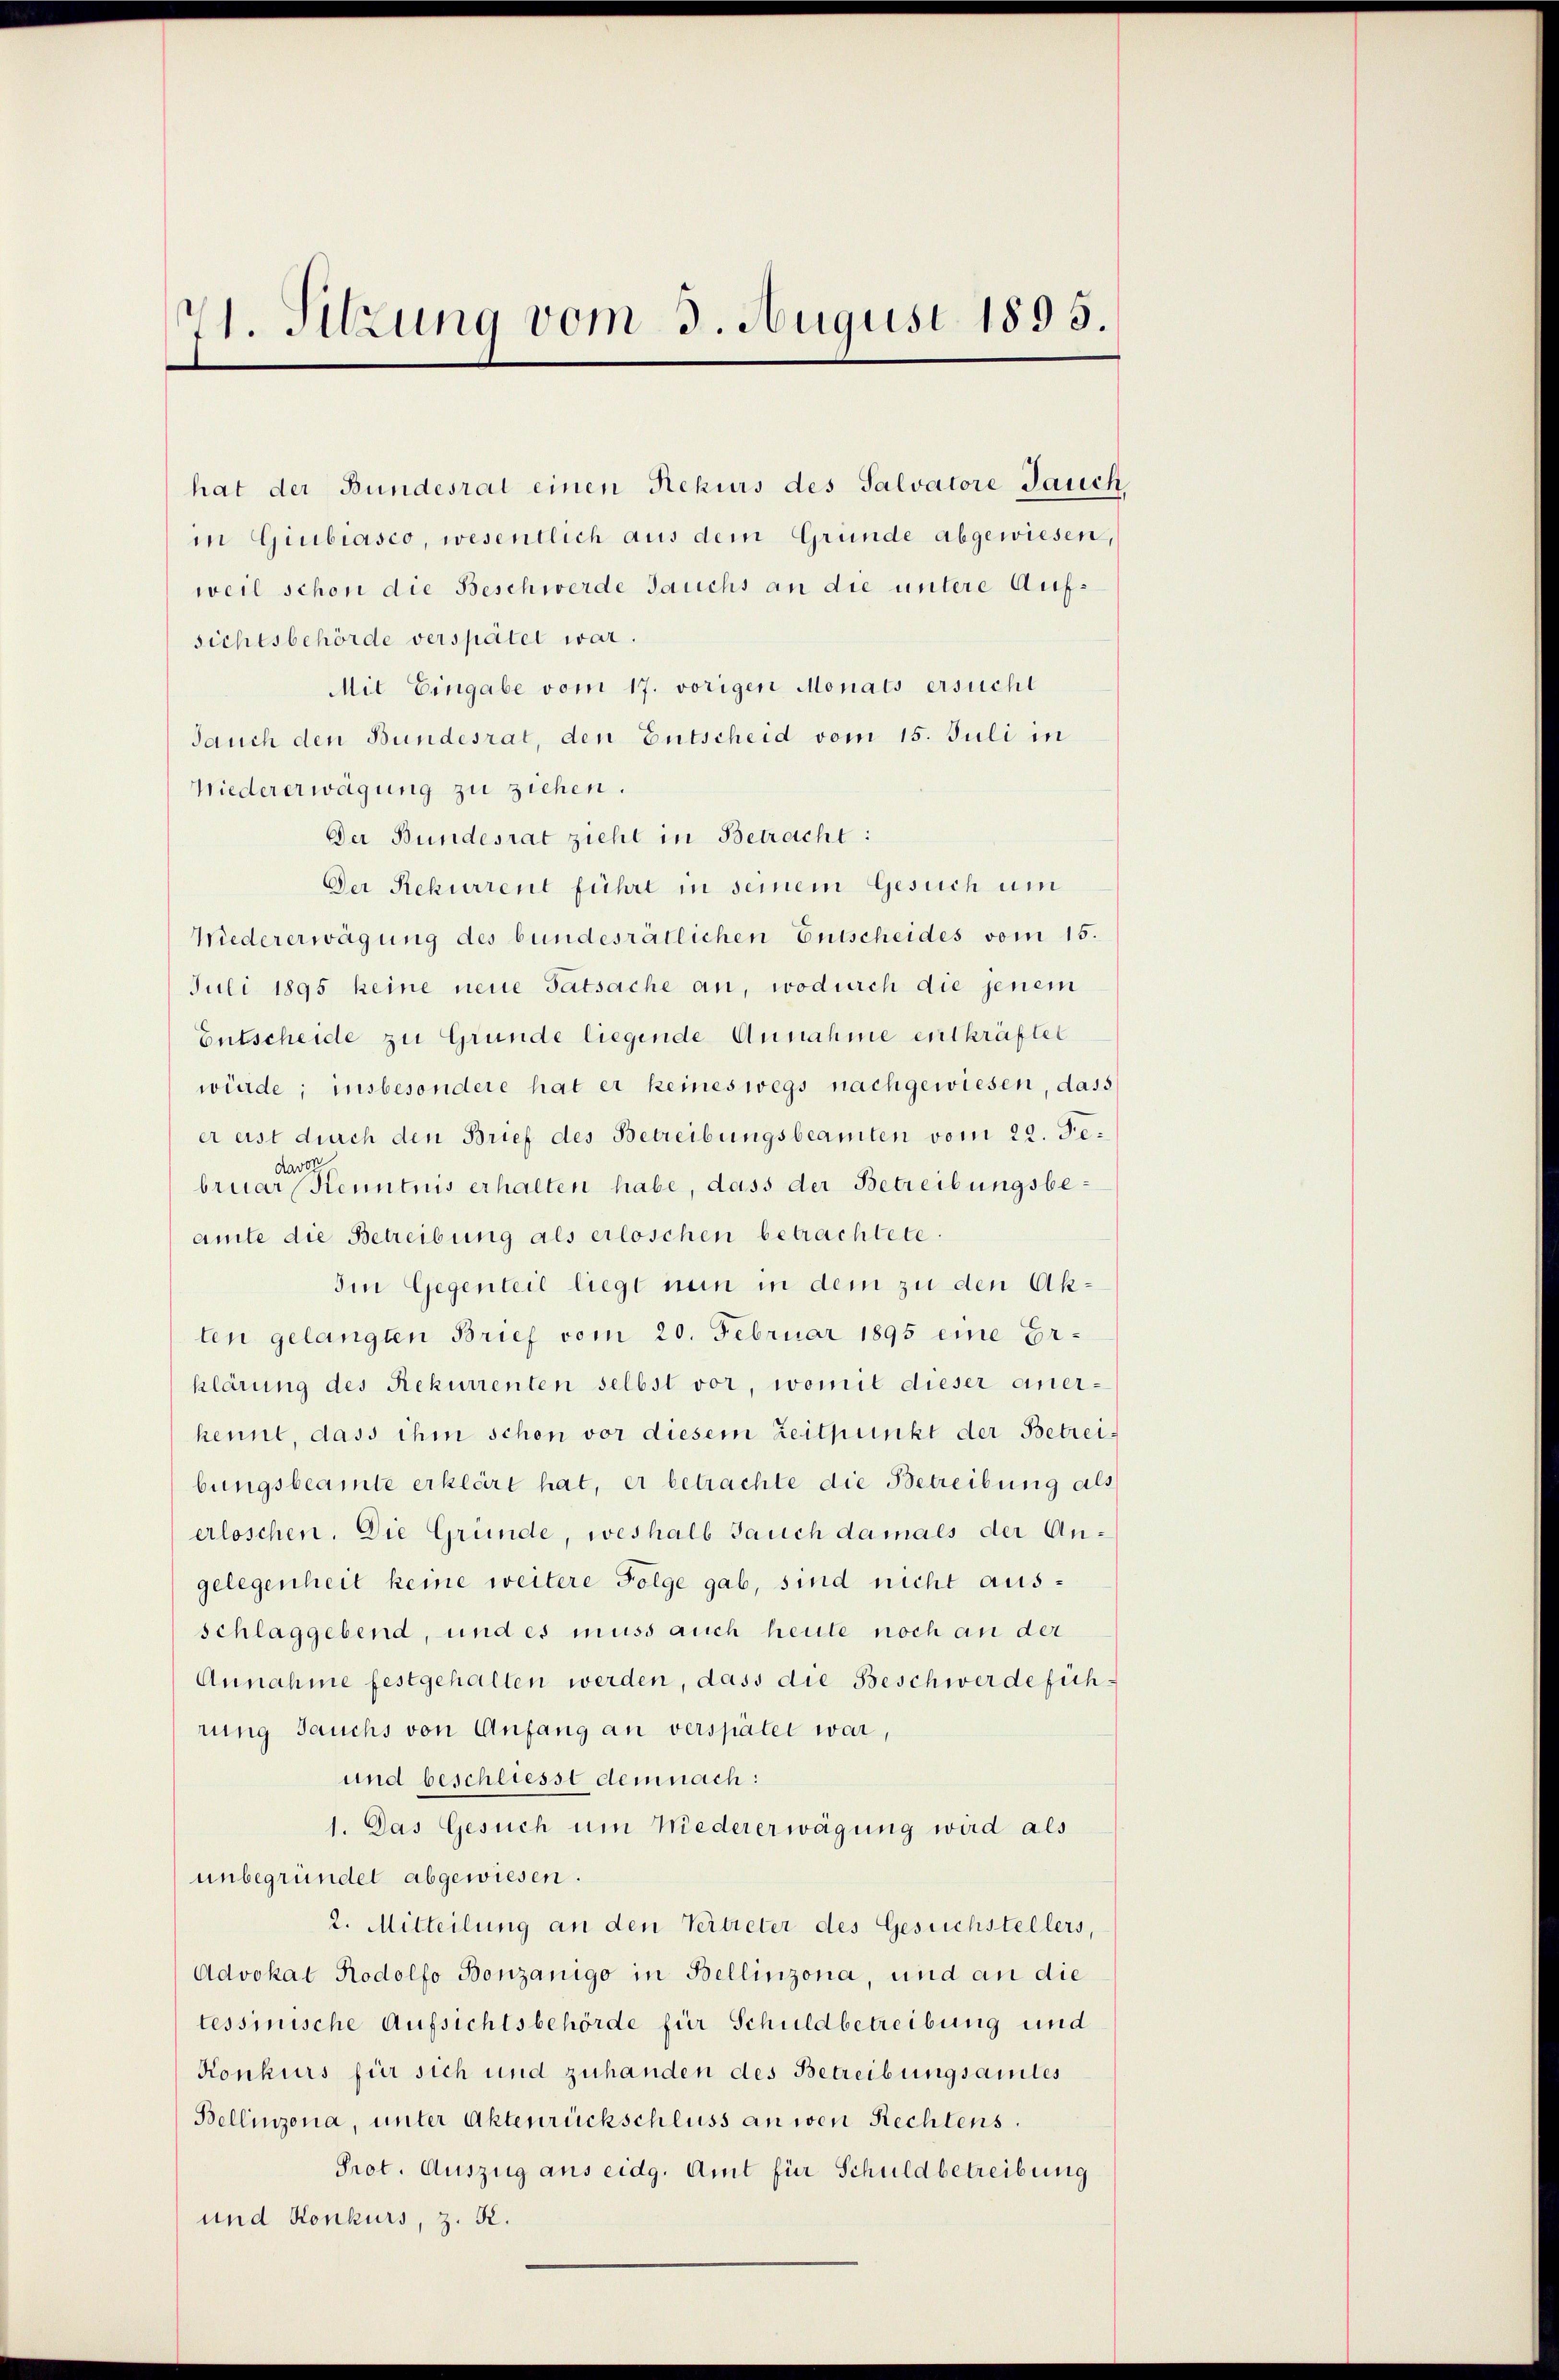
71. Sitzung vom 3. August 1895.

hat der Bundesrat einen Rekurs des Salvatore Jauch
in Giubiasco, wesentlich aus dem Gründe abgewiesen,
weil schon die Beschwerde Jauchs an die untere Aufsichtsbehörde verspätet war.
Mit Eingabe vom 17. vorigen Monats ersucht
Jauch den Bundesrat, den Entscheid vom 15. Juli in
Niedererwägung zu ziehen.
Der Bundesrat zieht in Betracht:
Der Rekurrent führt in seinem Gesuch um
Wiedererwägung des bundesrätlichen Entscheides vom 15.
Juli 1895 keine neue Tatsache an, wodurch die jenem
Entscheide zu Grunde liegende Annahme entkräftet
würde; insbesondere hat er keineswegs nachgewiesen, dass
er est durch den Brief des Betreibungsbeamten vom 22. Jedavo
bruar Kenntnis erhalten habe, dass der Betreibungsbeamte die Betreibung als erloschen betrachtete.
Iin Gegenteil liegt nun in dem zu den Akten gelangten Brief vom 20. Februar 1895 eine Erklärung des Rekurrenten selbst vor, womit dieser anerkennt, dass ihm schon vor diesem Zeitpunkt der Betreibungsbeamte erklärt hat, er betrachte die Betreibung als
erloschen. Die Gründe, weshalb Jauch damals der Angelegenheit keine weitere Folge gab, sind nicht ausschlaggebend, und es muss auch heute noch an der
Annahme festgehalten werden, dass die Beschwerdefüh
rung Jauchs von Anfang an verspäter war,
und beschliesst demnach:
1. Das Gesuch um Niedererwägung wird als
unbegründet abgewiesen.
2. Mitteilung an den Vertreter des Gesuchstellers,
Advokat Rodolfo Bonzanigo in Bellinzona, und an die
tessinische Aufsichtsbehörde für Schuldbetreibung und
Konkurs für sich und zuhanden des Betreibungsamtes
Bellinzona, unter Aktenrückschluss an wen Rechtens.
Prot. Auszug aus eidg. Amt für Schuldbetreibung
und Konkurs, z. K.